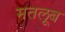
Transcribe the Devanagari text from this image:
मतलूब